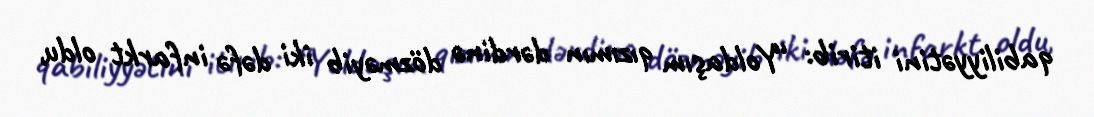
qabiliyyətini itirib: “Yoldaşım qızımın dərdinə dözməyib iki dəfə infarkt oldu,